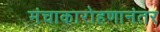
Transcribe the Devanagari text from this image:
मंचाकारोहणानंतर